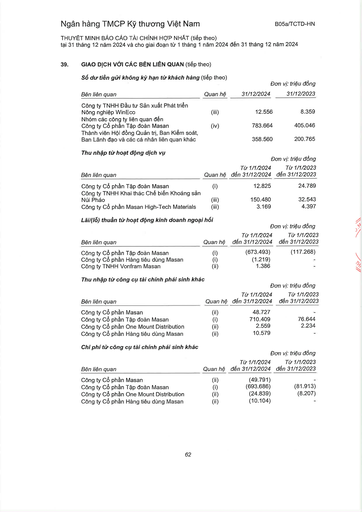
|||Đơn|vị: triệu đồng| |---|---|---|---| |Bên liên quan|Quan hệ|31/12/2024|31/12/2023| |Công ty TNHH Đầu tư Sản xuất Phát triển Nông nghiệp WinEco|(iii)|12.556|8.359| |Nhóm các công ty liên quan đến Công ty Cổ phần Tập đoàn Masan|(iv)|783.664|405.046| |Thành viên Hội đồng Quản trị, Ban Kiểm soát, Ban Lãnh đạo và các cá nhân liên quan khác||358.560|200.765| |Thu nhập từ hoạt động dịch vụ|||Đơn vị: triệu đồng| |---|---|---|---| |Bên liên quan|Quan hệ|Từ 1/1/2024 đến 31/12/2024|Từ 1/1/2023 đến 31/12/2023| |Công ty Cổ phần Tập đoàn Masan|(i)|12.825|24.789| |Công ty TNHH Khai thác Chế biến Khoáng sản Núi Pháo|(iii)|150.480|32.543| |Công ty Cổ phần Masan High-Tech Materials|(iii)|3.169|4.397| ||||| |---|---|---|---| |Bên liên quan|Quan hệ|Từ 1/1/2024 đến 31/12/2024|Từ 1/1/2023 đến 31/12/2023| |Công ty Cổ phần Tập đoàn Masan|(i)|(673.493)|(117.268)| |Công ty Cổ phần Hàng tiêu dùng Masan|(i)|(1.219)|| |Công ty TNHH Vonfram Masan|(ii)|1.386|| |||Đơn|vị: triệu đồng| |---|---|---|---| |Bên liên quan|Quan hệ|Từ 1/1/2024 đến 31/12/2024|Từ 1/1/2023 đến 31/12/2023| |Công ty Cổ phần Masan|(ii)|48.727|-| |Công ty Cổ phần Tập đoàn Masan|(i)|710.409|76.644| |Công ty Cổ phần One Mount Distribution|(ii)|2.559|2.234| |Công ty Cổ phần Hàng tiêu dùng Masan|(ii)|10.579|-| ||||Đơn vị: triệu đồng| |---|---|---|---| |Bên liên quan|Quan hệ|Từ 1/1/2024 đến 31/12/2024|Từ 1/1/2023 đến 31/12/2023| |Công ty Cổ phần Masan|(ii)|(49.791)|| |Công ty Cổ phần Tập đoàn Masan|(i)|(693.686)|(81.913)| |Công ty Cổ phần One Mount Distribution|(ii)|(24.839)|(8.207)| |Công ty Cổ phần Hàng tiêu dùng Masan|(ii)|(10.104)|-|